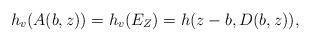
LaTeX: \begin{align*}h_v (A(b,z))=h_v (E_Z )=h(z-b,D(b,z)),\end{align*}